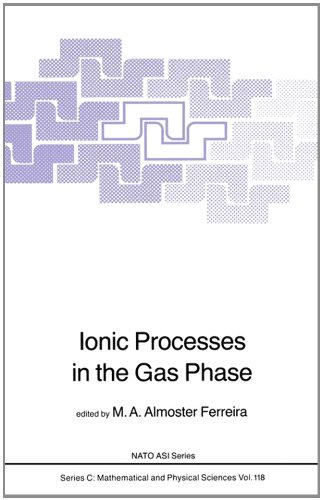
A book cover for Ionic Processes in the Gas Phase (Nato Science Series C:); Science & Math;